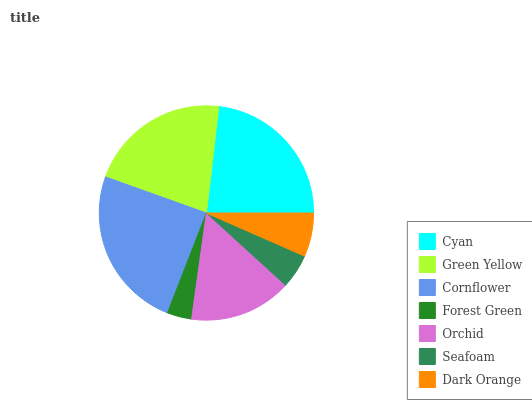
| Cyan | Green Yellow | Cornflower | Forest Green | Orchid | Seafoam | Dark Orange |
 | --- | --- | --- | --- | --- | --- | --- |
 | 23.1% | 21.4% | 24.5% | 3.71% | 15.5% | 5.2% | 6.6% |